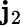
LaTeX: \mathbf{j}_{2}